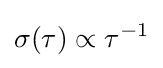
\sigma (\tau )\propto \tau ^{-1}